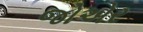
જોએર